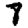
Digit: 8